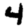
Digit: 4